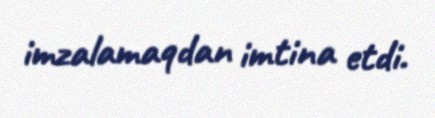
imzalamaqdan imtina etdi.